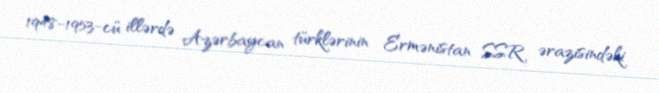
1948-1953-cü illərdə Azərbaycan türklərinin Ermənistan SSR ərazisindəki